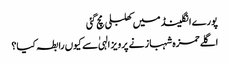
پورے انگلینڈ میں کھلبلی مچ گئی
اگلے حمزہ شہباز نے پرویز الہیٰ سے کیوں رابطہ کیا؟